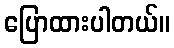
ပြောထားပါတယ်။